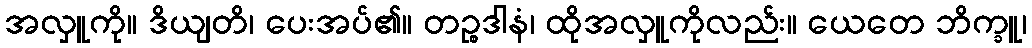
အလှူကို။ ဒိယျတိ၊ ပေးအပ်၏။ တဉ္စဒါနံ၊ ထိုအလှူကိုလည်း။ ယေတေ ဘိက္ခူ၊